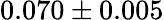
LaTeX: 0.070\pm 0.005